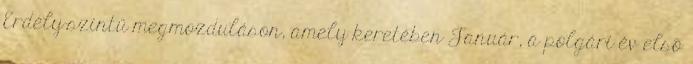
Erdély-szintű megmozduláson, amely keretében Január, a polgári év elsõ